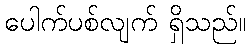
ပေါက်ပစ်လျက် ရှိသည်။